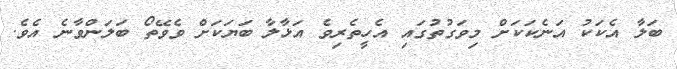
ބަލާ އެކަކު އަނެކަކަށް މިވަގުތުގައި އެހީތެރިވެ އަޅާލާ ބަޔަކަށް ވެވޭތޯ ބަލަންވާނެ އެވެ.